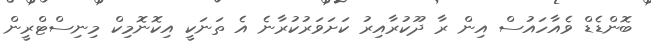
ބޮންޑެޑް ވެއާހައުސް އިން ރާ ދޫކުރާއިރު ކަށަވަރުކުރާނެ އެ ތަނަކީ އިކޮނޮމިކް މިނިސްޓްރީން